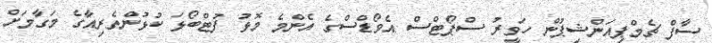
ސާފް ޗެމްޕިއަންޝިޕުން ހަވީރު ސްޕޯޓްސް އެވޯޑްސްގެ އެންމެ މޮޅު ފުޓްބޯޅަ ކުޅުންތެރިއާގެ މަގާމަށް